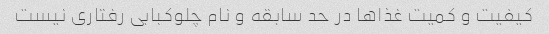
کیفیت و کمیت غذاها در حد سابقه و نام چلوکبابی رفتاری نیست